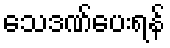
သေဒဏ်ပေးရန်